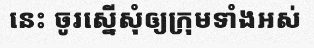
នេះ ចូរស្នើសុំឲ្យក្រុមទាំងអស់